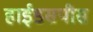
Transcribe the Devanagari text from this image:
हाईडसपीस